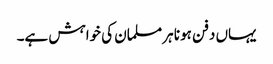
یہاں دفن ہونا ہر مسلمان کی خواہش ہے۔